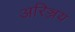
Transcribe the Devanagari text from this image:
अरिञ्जय